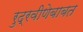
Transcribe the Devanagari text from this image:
रुद्रवीणेबाबत